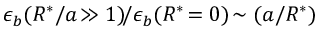
\epsilon _ { b } ( R ^ { * } / a \! \gg 1 ) \! / \epsilon _ { b } ( R ^ { * } \! = 0 ) \! \sim ( a / R ^ { * } )